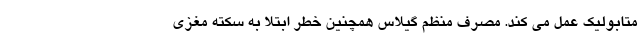
متابولیک عمل می کند. مصرف منظم گیلاس همچنین خطر ابتلا به سکته مغزی